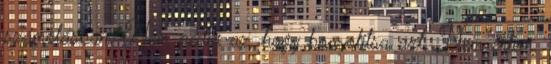
számolásban. Nem pedig az, hogy bonyolítsa azt. Nem értem.